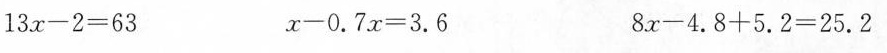
$$13 x - 2 = 6 3$$ $$x - 0 . 7 x = 3 . 6$$ $$8 x - 4 . 8 + 5 . 2 = 2 5 . 2$$